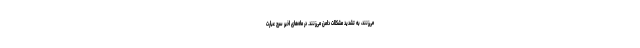
می‌زنند، به تشدید مشکلات دامن می‌زنند. در ماه‌های اخیر سرچ عبارت